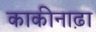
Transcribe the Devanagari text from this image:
काकीनाढ़ा